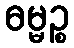
ဓမ္မဉ္စ